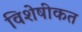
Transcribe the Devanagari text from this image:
विशेषीकत